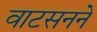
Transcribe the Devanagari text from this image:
वाटसनने